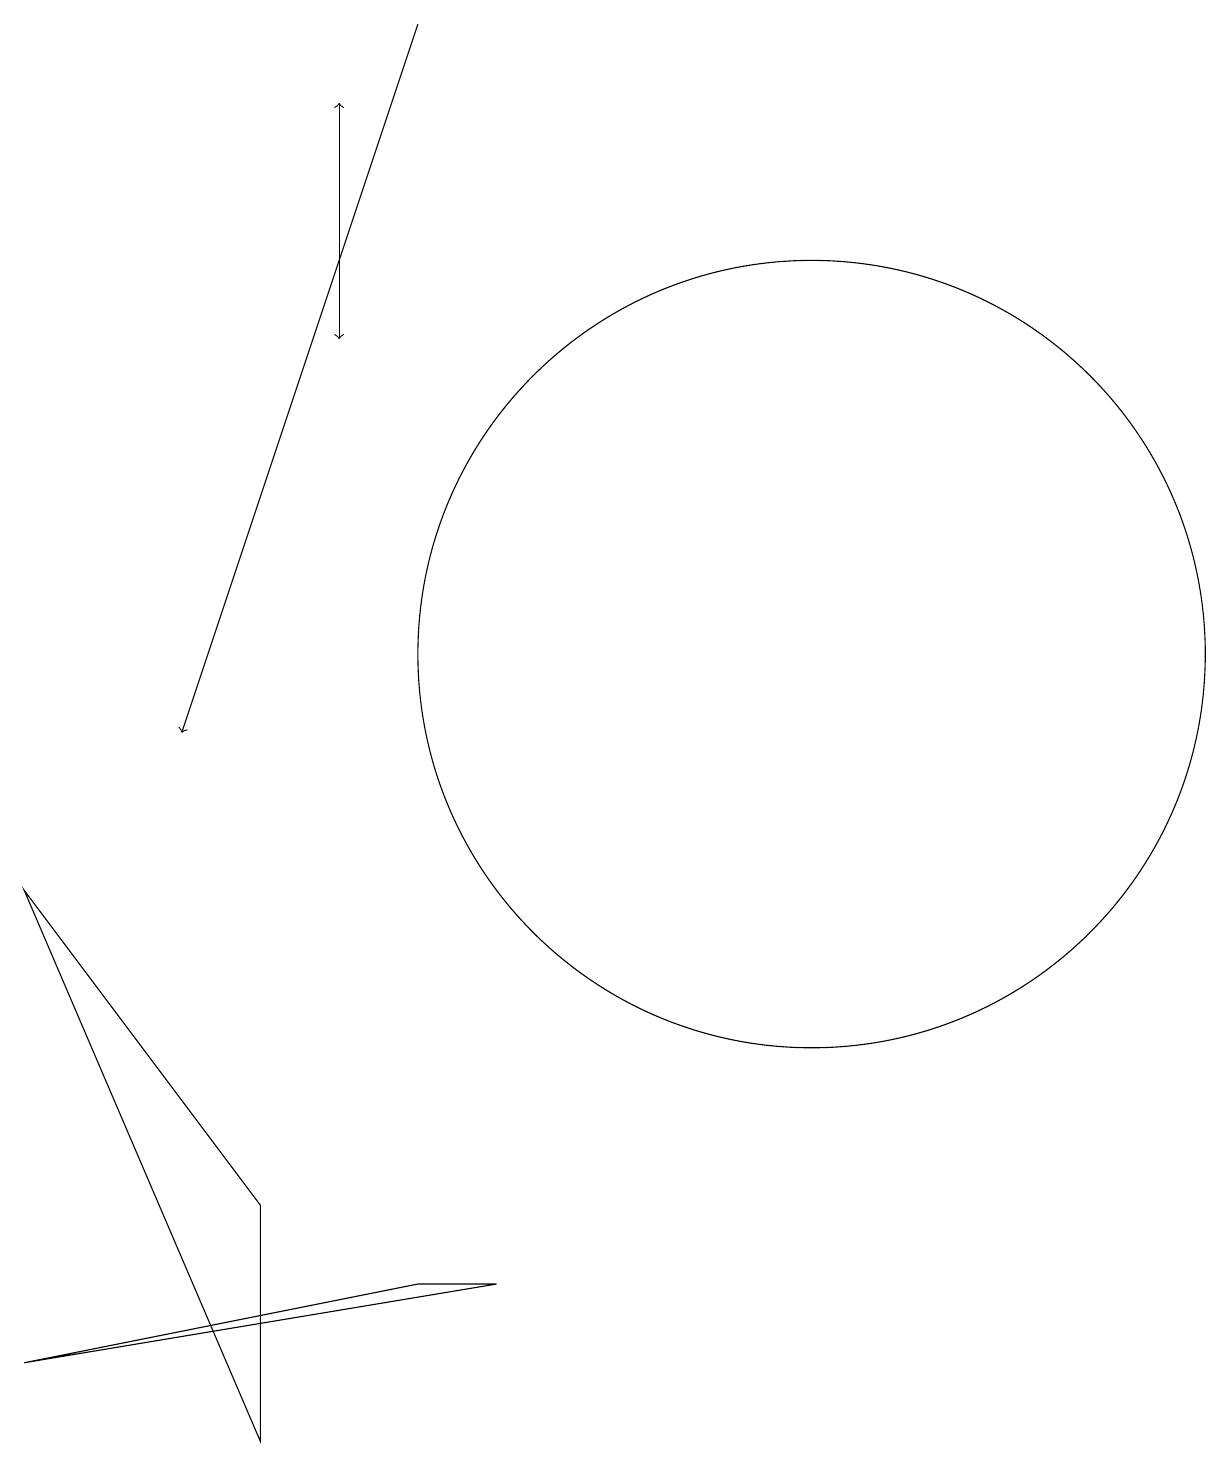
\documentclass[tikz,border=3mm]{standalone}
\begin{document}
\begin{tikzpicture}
\draw (5,1) -- (5,4) -- (2,8) -- cycle;
\draw[->] (6,18) -- (6,15);
\draw (12,11) circle (5);
\draw[->] (7,19) -- (4,10);
\draw[->] (6,17) -- (6,18);
\draw (7,3) -- (2,2) -- (8,3) -- cycle;
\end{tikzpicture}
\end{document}